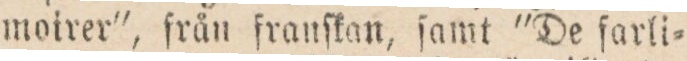
moirer”, från franſkan, ſamt “De ſarli=